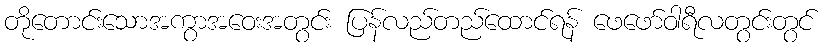
တိုတောင်းသောအကွာအဝေးအတွင်း ပြန်လည်တည်ထောင်ရန် ဖေဖော်ဝါရီလတွင်းတွင်